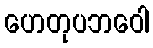
ဟေတုပဘဝေါ